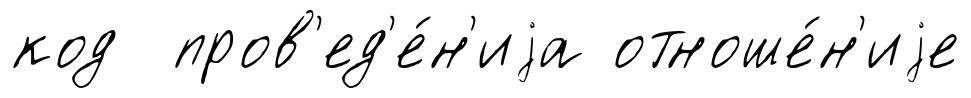
код пров'ед'е́н'иjа отноше́н'иjе